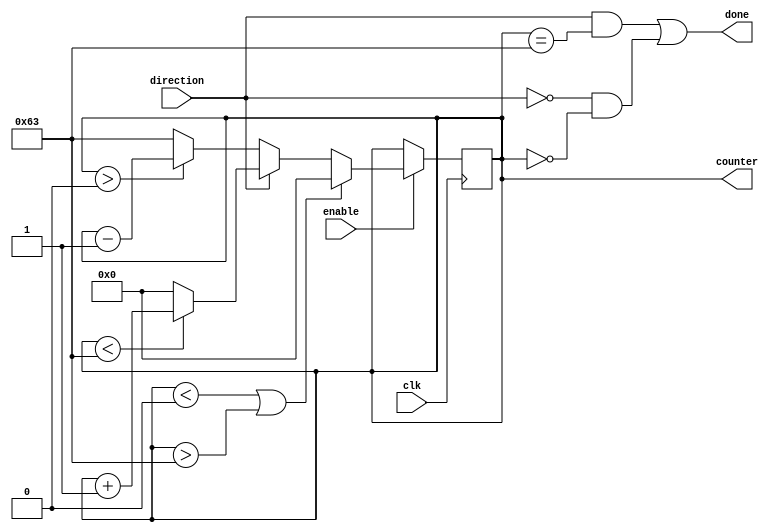
module CountInRange #(
    parameter COUNTWIDTH = 7,
    parameter COUNTLIM_L = 0,
    parameter COUNTLIM_H = 99     // default for count in range 0..99
)(
    input wire clk,
    input wire enable,
    input wire direction,
    output reg [COUNTWIDTH-1:0] counter,
    output wire done
);

always @(posedge clk) begin
    if(enable) begin
        if(counter < COUNTLIM_L || counter > COUNTLIM_H) begin
            counter <= 0;
        end else if(direction==1) begin
            if(counter < COUNTLIM_H) begin
                counter <= counter + 1'b1;
            end else begin
                counter <= COUNTLIM_L;
            end
        end else if(direction==0) begin
            if(counter > COUNTLIM_L) begin
                counter <= counter - 1'b1;
            end else begin
                counter <= COUNTLIM_H;
            end
        end else begin
        end
    end
end

assign done = (direction==1 && counter == COUNTLIM_H) || (direction==0 && counter == COUNTLIM_L);

endmodule